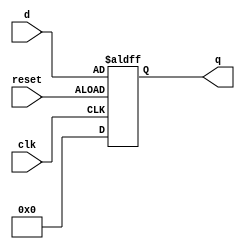
module DFlipFlop(d,clk,reset,q);

	input [35:0] d;
	input clk, reset;
	output reg [35:0] q;

	always @(negedge clk or negedge reset)
	begin
		if(reset)
 			q <= 36'd0;
		else
			q <= d;
	end
	
endmodule